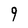
Character: 9